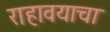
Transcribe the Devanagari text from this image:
राहावयाचा